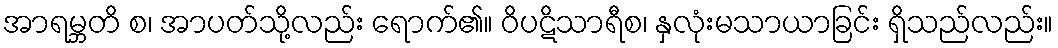
အာရမ္ဘတိ စ၊ အာပတ်သို့လည်း ရောက်၏။ ဝိပဋိသာရီစ၊ နှလုံးမသာယာခြင်း ရှိသည်လည်း။